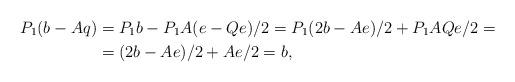
LaTeX: \begin{align*} P_1(b-Aq) &= P_1b - P_1A(e - Qe)/2 = P_1(2b-Ae)/2 + P_1AQe/2 =\\ &=(2b-Ae)/2 + Ae/2 = b,\end{align*}